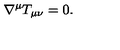
\nabla ^ { \mu } T _ { \mu \nu } = 0 .